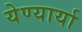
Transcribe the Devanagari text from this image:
येण्यार्या